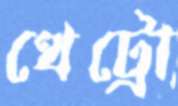
থেট্রো